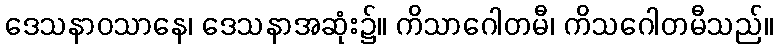
ဒေသနာဝသာနေ၊ ဒေသနာအဆုံး၌။ ကိသာဂေါတမီ၊ ကိသဂေါတမီသည်။